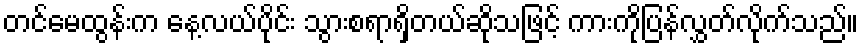
တင်မေထွန်းက နေ့လယ်ပိုင်း သွားစရာရှိတယ်ဆိုသဖြင့် ကားကိုပြန်လွှတ်လိုက်သည်။